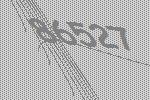
86527